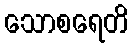
သောစရေတိ